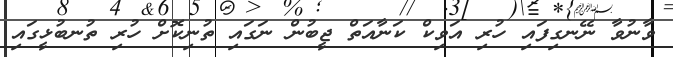
ވާނުވާ ނޭނގިފައި ހުރި އަވިކް ކަނާއަތް ޖީބުން ނަގައި ތުނިކޮށް ހުރި ތުނބުޅީގައި